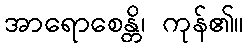
အာရောစေန္တိ၊ ကုန်၏။